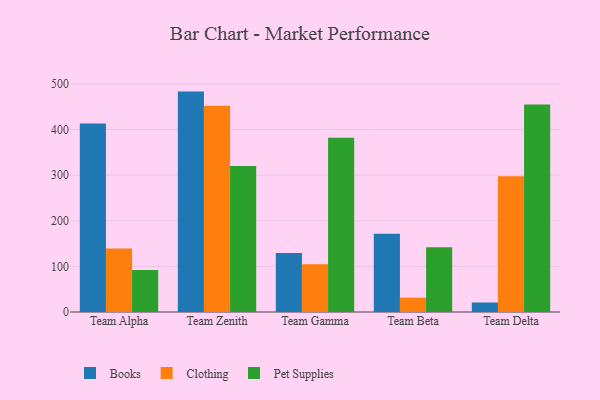
{"axis": {"x": "Team", "y": "Inventory Turnover"}, "legend": ["Books", "Clothing", "Pet Supplies"], "data": [{"x": "Team Alpha", "y": 413.3, "type": "Books"}, {"x": "Team Alpha", "y": 139.4, "type": "Clothing"}, {"x": "Team Alpha", "y": 92.0, "type": "Pet Supplies"}, {"x": "Team Zenith", "y": 483.3, "type": "Books"}, {"x": "Team Zenith", "y": 452.5, "type": "Clothing"}, {"x": "Team Zenith", "y": 320.1, "type": "Pet Supplies"}, {"x": "Team Gamma", "y": 129.3, "type": "Books"}, {"x": "Team Gamma", "y": 104.8, "type": "Clothing"}, {"x": "Team Gamma", "y": 382.0, "type": "Pet Supplies"}, {"x": "Team Beta", "y": 171.5, "type": "Books"}, {"x": "Team Beta", "y": 31.5, "type": "Clothing"}, {"x": "Team Beta", "y": 141.8, "type": "Pet Supplies"}, {"x": "Team Delta", "y": 20.9, "type": "Books"}, {"x": "Team Delta", "y": 297.6, "type": "Clothing"}, {"x": "Team Delta", "y": 455.1, "type": "Pet Supplies"}]}